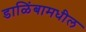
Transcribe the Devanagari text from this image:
डाळिंबामधील